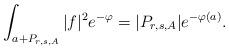
LaTeX: \begin{align*}\int_{a+P_{r,s,A}} |f|^2e^{-\varphi}= |P_{r,s,A}| e^{-\varphi(a)}.\end{align*}